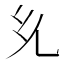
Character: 𭀘